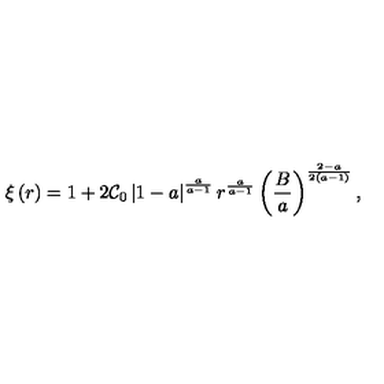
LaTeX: \xi \left( r \right) = 1 + 2 \mathcal { C } _ { 0 } \left| 1 - a \right| ^ { \frac { a } { a - 1 } } r ^ { \frac { a } { a - 1 } } \left( \frac { B } { a } \right) ^ { \frac { 2 - a } { 2 \left( a - 1 \right) } } ,